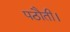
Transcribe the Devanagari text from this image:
पठौती।